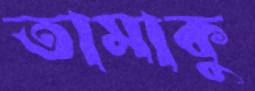
তামাকু